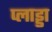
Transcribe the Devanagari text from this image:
प्लाड्डा